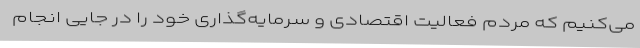
می‌کنیم که مردم فعالیت اقتصادی و سرمایه‌گذاری خود را در جایی انجام